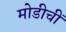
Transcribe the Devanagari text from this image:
मोडीचीं